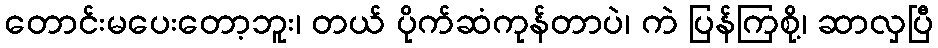
တောင်းမပေးတော့ဘူး၊ တယ် ပိုက်ဆံကုန်တာပဲ၊ ကဲ ပြန်ကြစို့၊ ဆာလှပြီ